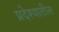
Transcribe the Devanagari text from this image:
प्रदेश्यातील